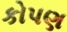
કોપણ